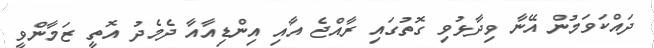
ދައްކަވަމުން އޭނާ ވިދާޅުވި ގޮތުގައި ރާއްޖެ އާއި އިންޑިއާއާ ދެމެދު އޮތީ ޒަމާންވީ